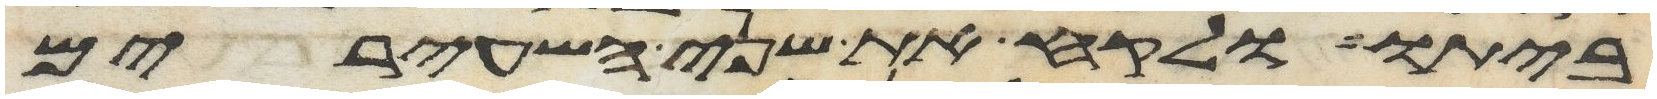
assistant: ביתו ולקח את שני השעירים